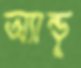
অ্যান্ডু